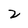
Character: 2